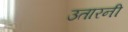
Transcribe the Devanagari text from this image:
उतारनी